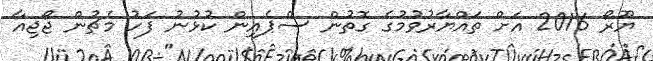
ޔޫރޯ 2016 އަށް ތައްޔާރުވުމުގެ ގޮތުން ސްޕެއިން ކުޅުނު ފަހު މެޗުން ޖޯޖިއާ